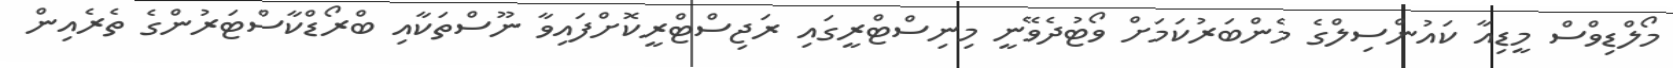
މޯލްޑިވްސް މީޑިއާ ކައުންސިލްގެ މެންބަރުކަމަށް ވޯޓުދެވޭނީ މިނިސްޓްރީގައި ރަޖިސްޓްރީކޮށްފައިވާ ނޫސްތަކާއި ބްރޯޑްކާސްޓަރުންގެ ތެރެއިން